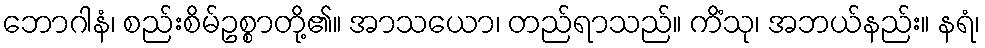
ဘောဂါနံ၊ စည်းစိမ်ဥစ္စာတို့၏။ အာသယော၊ တည်ရာသည်။ ကိံသု၊ အဘယ်နည်း။ နရံ၊